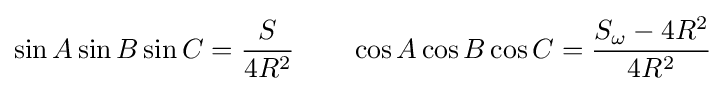
\sin A\sin B\sin C={\frac {S}{4R^{2}}}\quad \quad \cos A\cos B\cos C={\frac {S_{\omega }-4R^{2}}{4R^{2}}}